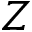
Z